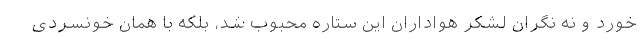
خورد و نه نگران لشکر هواداران این ستاره محبوب شد، بلکه با همان خونسردی